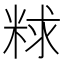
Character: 𫃁